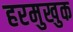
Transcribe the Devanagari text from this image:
हरमुखुक